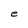
Character: e